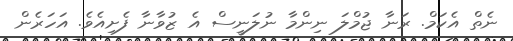
ނެތް އެކަމް. ރަނާ ޖުމްލަ ނިންމާ ނުލަނީސް އެ ޒުވާނާ ފެށިއެވެ. އަހަރެން